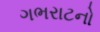
ગભરાટનો